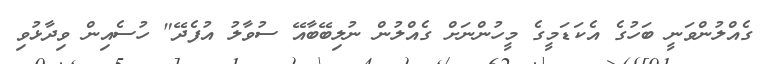
ގެއްލުންވަނީ ބަހުގެ އެކަޑަމީގެ މީހުންނަށް ގެއްލުން ނުލިބޭބާއޭ ސުވާލު އުފެދޭ" ހުސެއިން ވިދާޅުވި